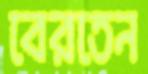
বেরতেন